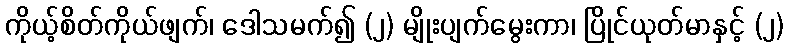
ကိုယ့်စိတ်ကိုယ်ဖျက်၊ ဒေါသမက်၍ (၂) မျိုးပျက်မွေးကာ၊ ပြိုင်ယုတ်မာနှင့် (၂)